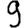
Digit: 9